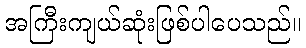
အကြီးကျယ်ဆုံးဖြစ်ပါပေသည်။